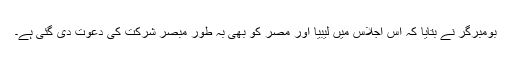
بومبرگر نے بتایا کہ اس اجلاس میں لیبیا اور مصر کو بھی بہ طور مبصر شرکت کی دعوت دی گئی ہے۔